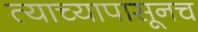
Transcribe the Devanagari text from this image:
त्याच्यापासूनच